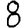
Digit: 8